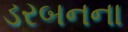
ડરબનના